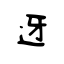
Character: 迓